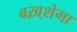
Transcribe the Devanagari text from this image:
बख़्शेगा